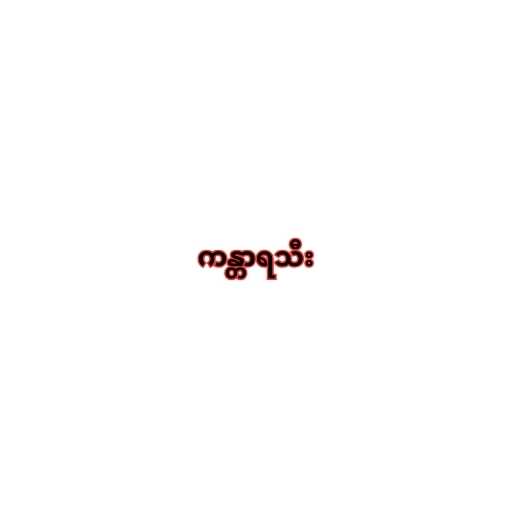
ကန္တာရသီး